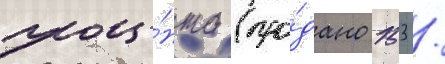
проце́нта (про́дано 153 /